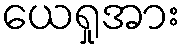
ယေရှုအား